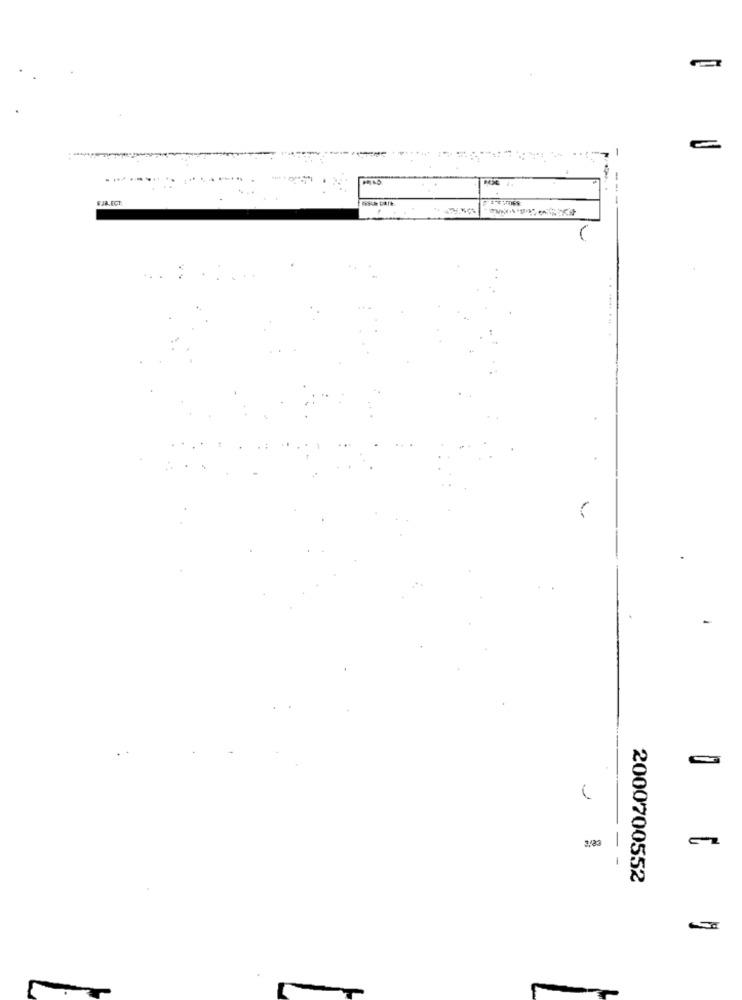
-----
---
-
2000700552